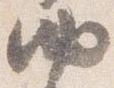
納